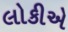
લોકીએ